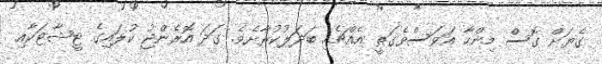
ގެޔަށް ގޮސް މިންހާ އަވަސްވެގަތީ އެއްޗެހި ބަދަލުކުރާށެވެ. ގަދަ އޮރެންޖު ކުލައިގެ ޓީޝާޓަކާއި